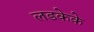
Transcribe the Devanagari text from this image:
लडकेके